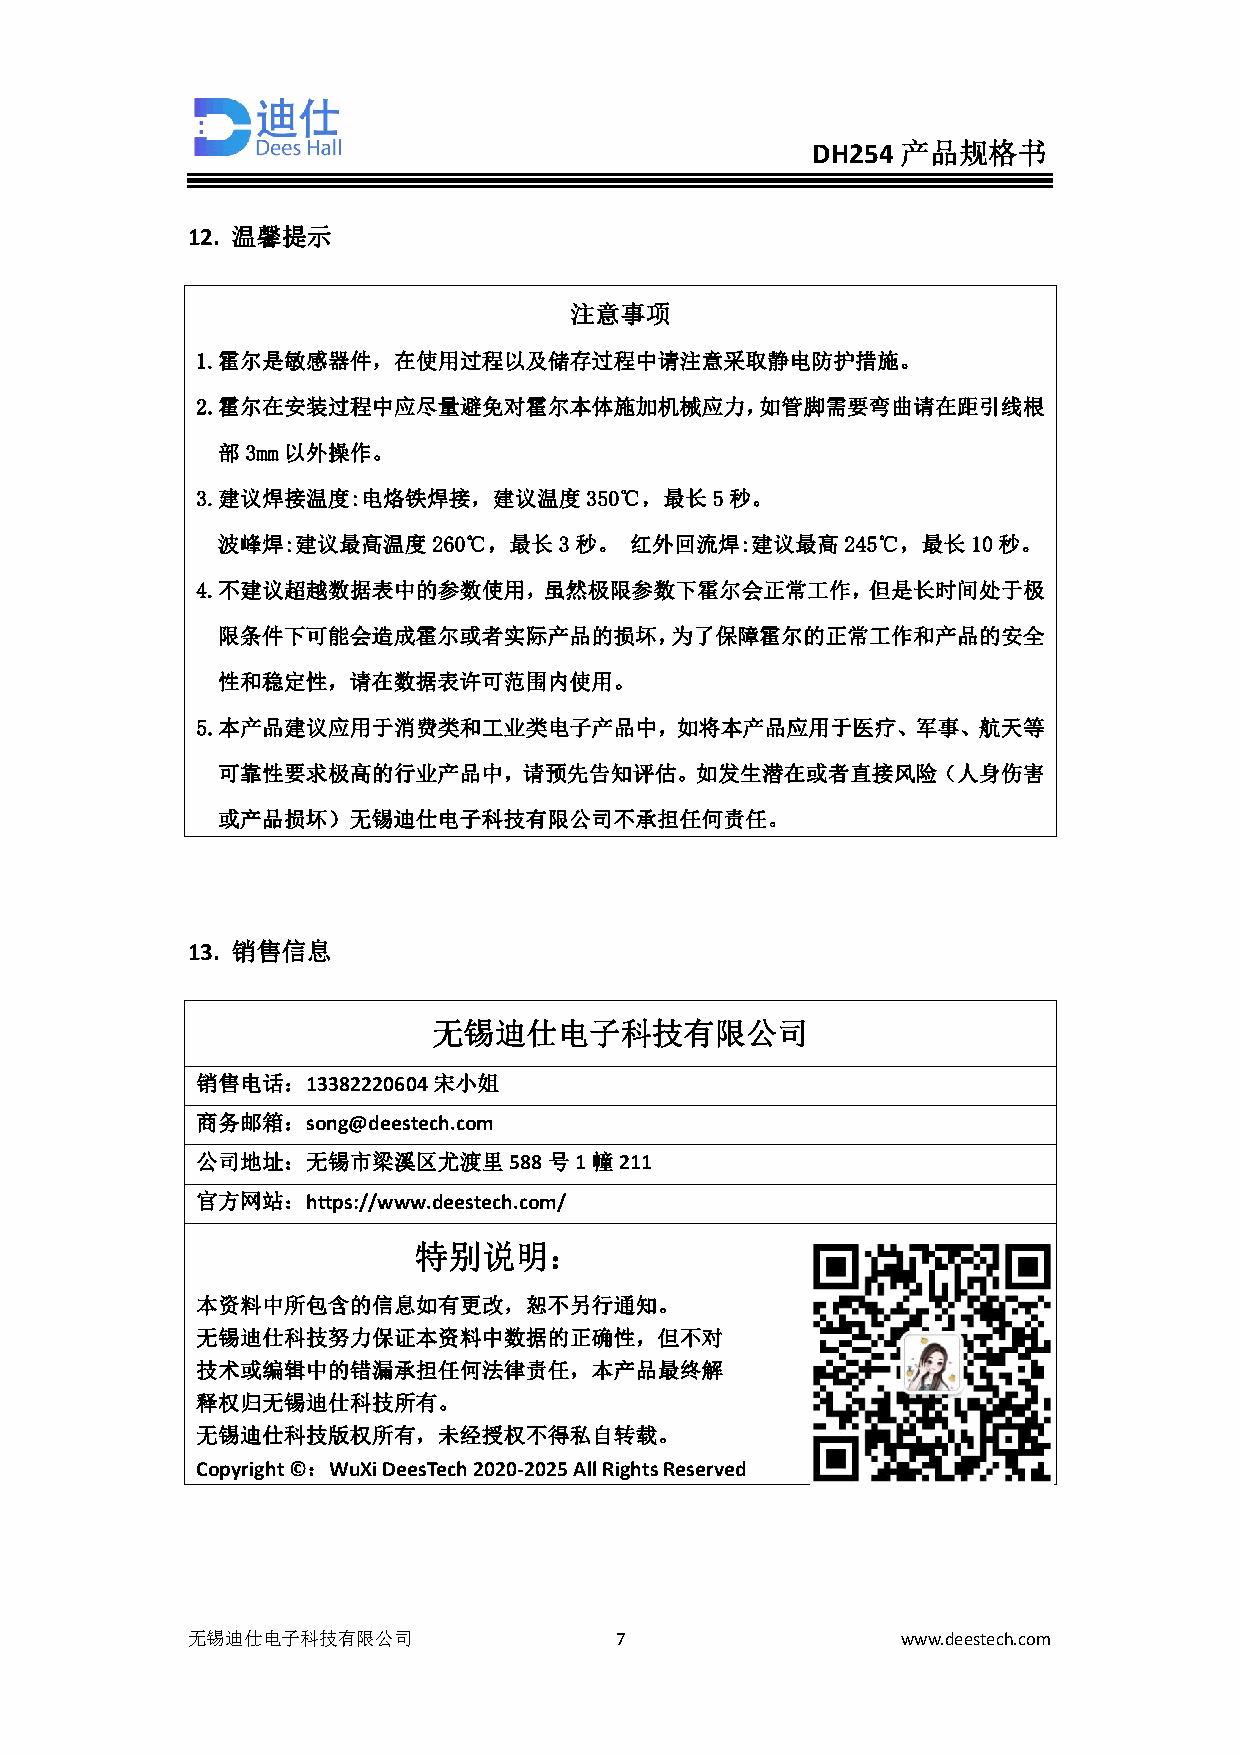
DH254 产品规格书
 12. 温馨提示
 注意事项
 1.霍尔是敏感器件，在使用过程以及储存过程中请注意采取静电防护措施。
 2.霍尔在安装过程中应尽量避免对霍尔本体施加机械应力，如管脚需要弯曲请在距引线根
 部3mm以外操作。
 3.建议焊接温度:电烙铁焊接，建议温度350℃，最长5秒。
 波峰焊:建议最高温度260℃，最长3秒。        红外回流焊:建议最高245℃，最长10秒。
 4.不建议超越数据表中的参数使用，虽然极限参数下霍尔会正常工作，但是长时间处于极
 限条件下可能会造成霍尔或者实际产品的损坏，为了保障霍尔的正常工作和产品的安全
 性和稳定性，请在数据表许可范围内使用。
 5.本产品建议应用于消费类和工业类电子产品中，如将本产品应用于医疗、军事、航天等
 可靠性要求极高的行业产品中，请预先告知评估。如发生潜在或者直接风险（人身伤害
 或产品损坏）无锡迪仕电子科技有限公司不承担任何责任。
 13. 销售信息
 无锡迪仕电子科技有限公司
 销售电话：13382220604宋小姐
 商务邮箱：song@deestech.com
 公司地址：无锡市梁溪区尤渡里588号1幢211
 官方网站：https://www.deestech.com/
 特别说明：
 本资料中所包含的信息如有更改，恕不另行通知。
 无锡迪仕科技努力保证本资料中数据的正确性，但不对
 技术或编辑中的错漏承担任何法律责任，本产品最终解
 释权归无锡迪仕科技所有。
 无锡迪仕科技版权所有，未经授权不得私自转载。
 Copyright©：WuXiDeesTech2020-2025AllRightsReserved
 无锡迪仕电子科技有限公司                 7                  www.deestech.com